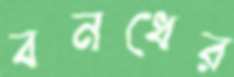
বনধের